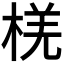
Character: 𪲞